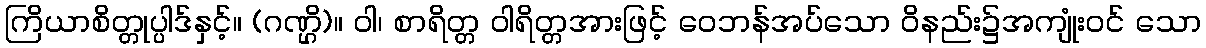
ကြိယာစိတ္တုပ္ပါဒ်နှင့်။ (ဂဏ္ဌိ)။ ဝါ၊ စာရိတ္တ ဝါရိတ္တအားဖြင့် ဝေဘန်အပ်သော ဝိနည်း၌အကျုံးဝင် သော